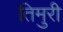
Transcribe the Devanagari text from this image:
तिमुरी